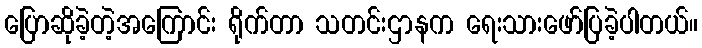
ပြောဆိုခဲ့တဲ့အကြောင်း ရိုက်တာ သတင်းဌာနက ရေးသားဖော်ပြခဲ့ပါတယ်။